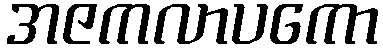
အဇကလာပကော